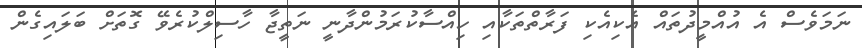
ނަމަވެސް އެ އުއްމީދުތައް އެކިއެކި ފަރާތްތަކާއި ހިއްސާކުރަމުންދާނީ ނަތީޖާ ހާސިލްކުރެވޭ ގޮތަށް ބަލައިގެން